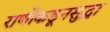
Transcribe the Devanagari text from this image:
राणीकडूनसुद्धा